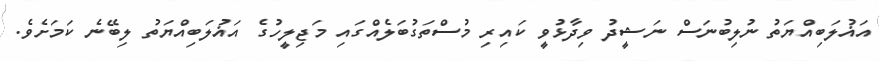
އަޣުލަބިއްޔަތު ނުލިބުނަސް ނަޝީދު ވިދާޅުވީ ކައިރި މުސްތަގުބަލެއްގައި މަޖިލީހުގެ އަޣުލަބިއްޔަތު ލިބޭނެ ކަމަށެވެ.